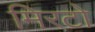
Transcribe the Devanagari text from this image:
मिरटो